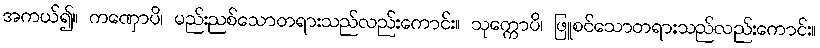
အကယ်၍။ ကဏှောပိ၊ မည်းညစ်သောတရားသည်လည်းကောင်း။ သုက္ကောပိ၊ ဖြူစင်သောတရားသည်လည်းကောင်း။